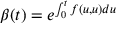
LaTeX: \beta ( t ) = e ^ { \int _ { 0 } ^ { t } f ( u , u ) d u }